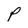
Character: P